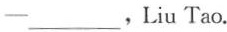
——___，Liu Tao.